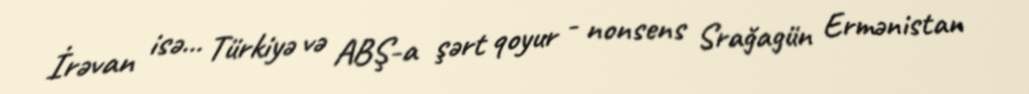
İrəvan isə... Türkiyə və ABŞ-a şərt qoyur - nonsens Srağagün Ermənistan